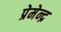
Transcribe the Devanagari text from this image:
प्रेमेन्द्र